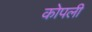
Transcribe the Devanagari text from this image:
कोपली